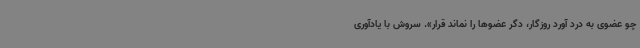
چو عضوی به درد آورد روزگار، دگر عضوها را نماند قرار». سروش با یادآوری